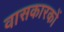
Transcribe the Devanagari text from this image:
वासकारकों